Lock hospitals Punjab
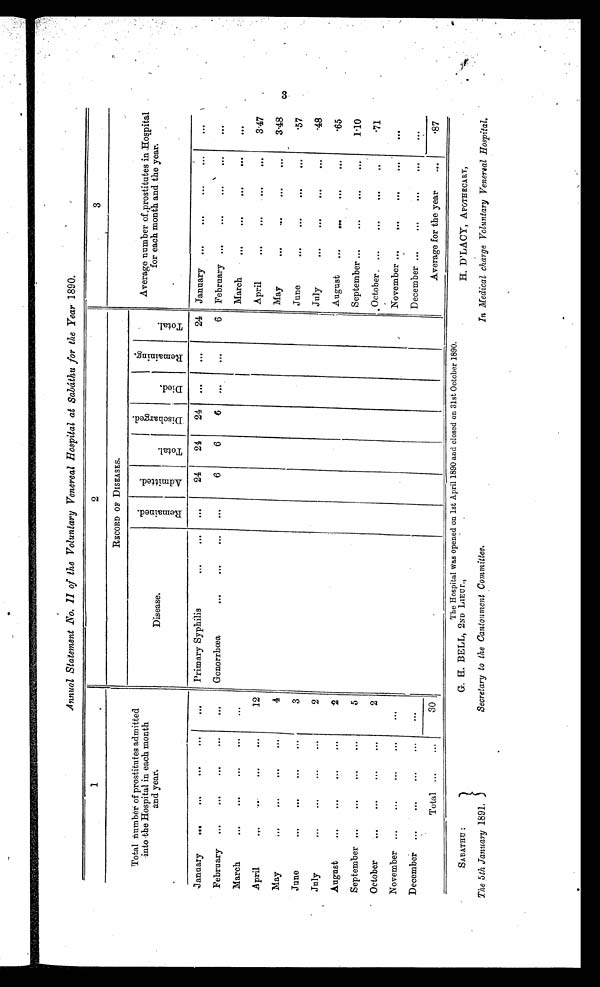
Annual Statement No. 11 of the Voluntary Venereal Hospital at Sabathu for the Year 1890.
1
2
3
Total number of prostitutes admitted
into the Hospital in each month
and year.
RECORD OF DISEASES.
Average number of. prostitutes in Hospital
for each month and the year.
Disease.
R e m a i n e d .
A d m i t t e d .
T o t a l .
D i s c h a r g e d .
D i e d .
R e m a i n i n g .
T o t a l .
January
...
...
...
...
. . .
Primary Syphilis
. . .
. . .
...
24
24
24
. . .
. . .
24
January
...
. . .
...
...
. . .
February
...
...
...
..
. . .
Gonorrhea
...
. .
. . .
...
6
6
6
. .
...
6
February ...
. . .
. . .
. . .
March
. . .
..
. . .
...
...
March
. . .
. . .
. . .
. . .
. . .
A p r i l . . .
...
. . .
. . .
12
April
...
. . .
. . .
3 . 4 7
May
...
...
...
...
4
May
. . .
. . .
. . .
. . .
3 . 4 8
June
. ..
...
. . .
...
3
June
. . .
...
. .
. .
57
July
...
...
...
...
2
July...
. . .
. . .
. . .
48
August
. . .
...
...
. . .
2
August...
...
. . .
. . .
65
September ...
...
...
. . .
5
September ...
. . .
. . .
...
1.10
O ctober
...
...
...
...
2
October
...
. . .
. . .
....
71
November ...
. . .
. . .
...
. . .
November ...
. . .
...
. . .
. . .
D ecember ...
. .
...
...
. . .
December ...
. . .
. . .
. . .
. . .
Total ...
...
30
Average for the year
. . .
87
The HosPital was oPened on 1st April 1890 and closed on 31st October 1890.
SABATHU :
The 5th January 1891.
G. H BELL, 2ND LIEUT.,
Secretary to the Cantonment Committee.
H. D'LACY, APOTHECARY,
In Medical charge Voluntary Venereal Hospital.